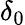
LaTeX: \delta_{0}